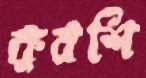
কুরশি